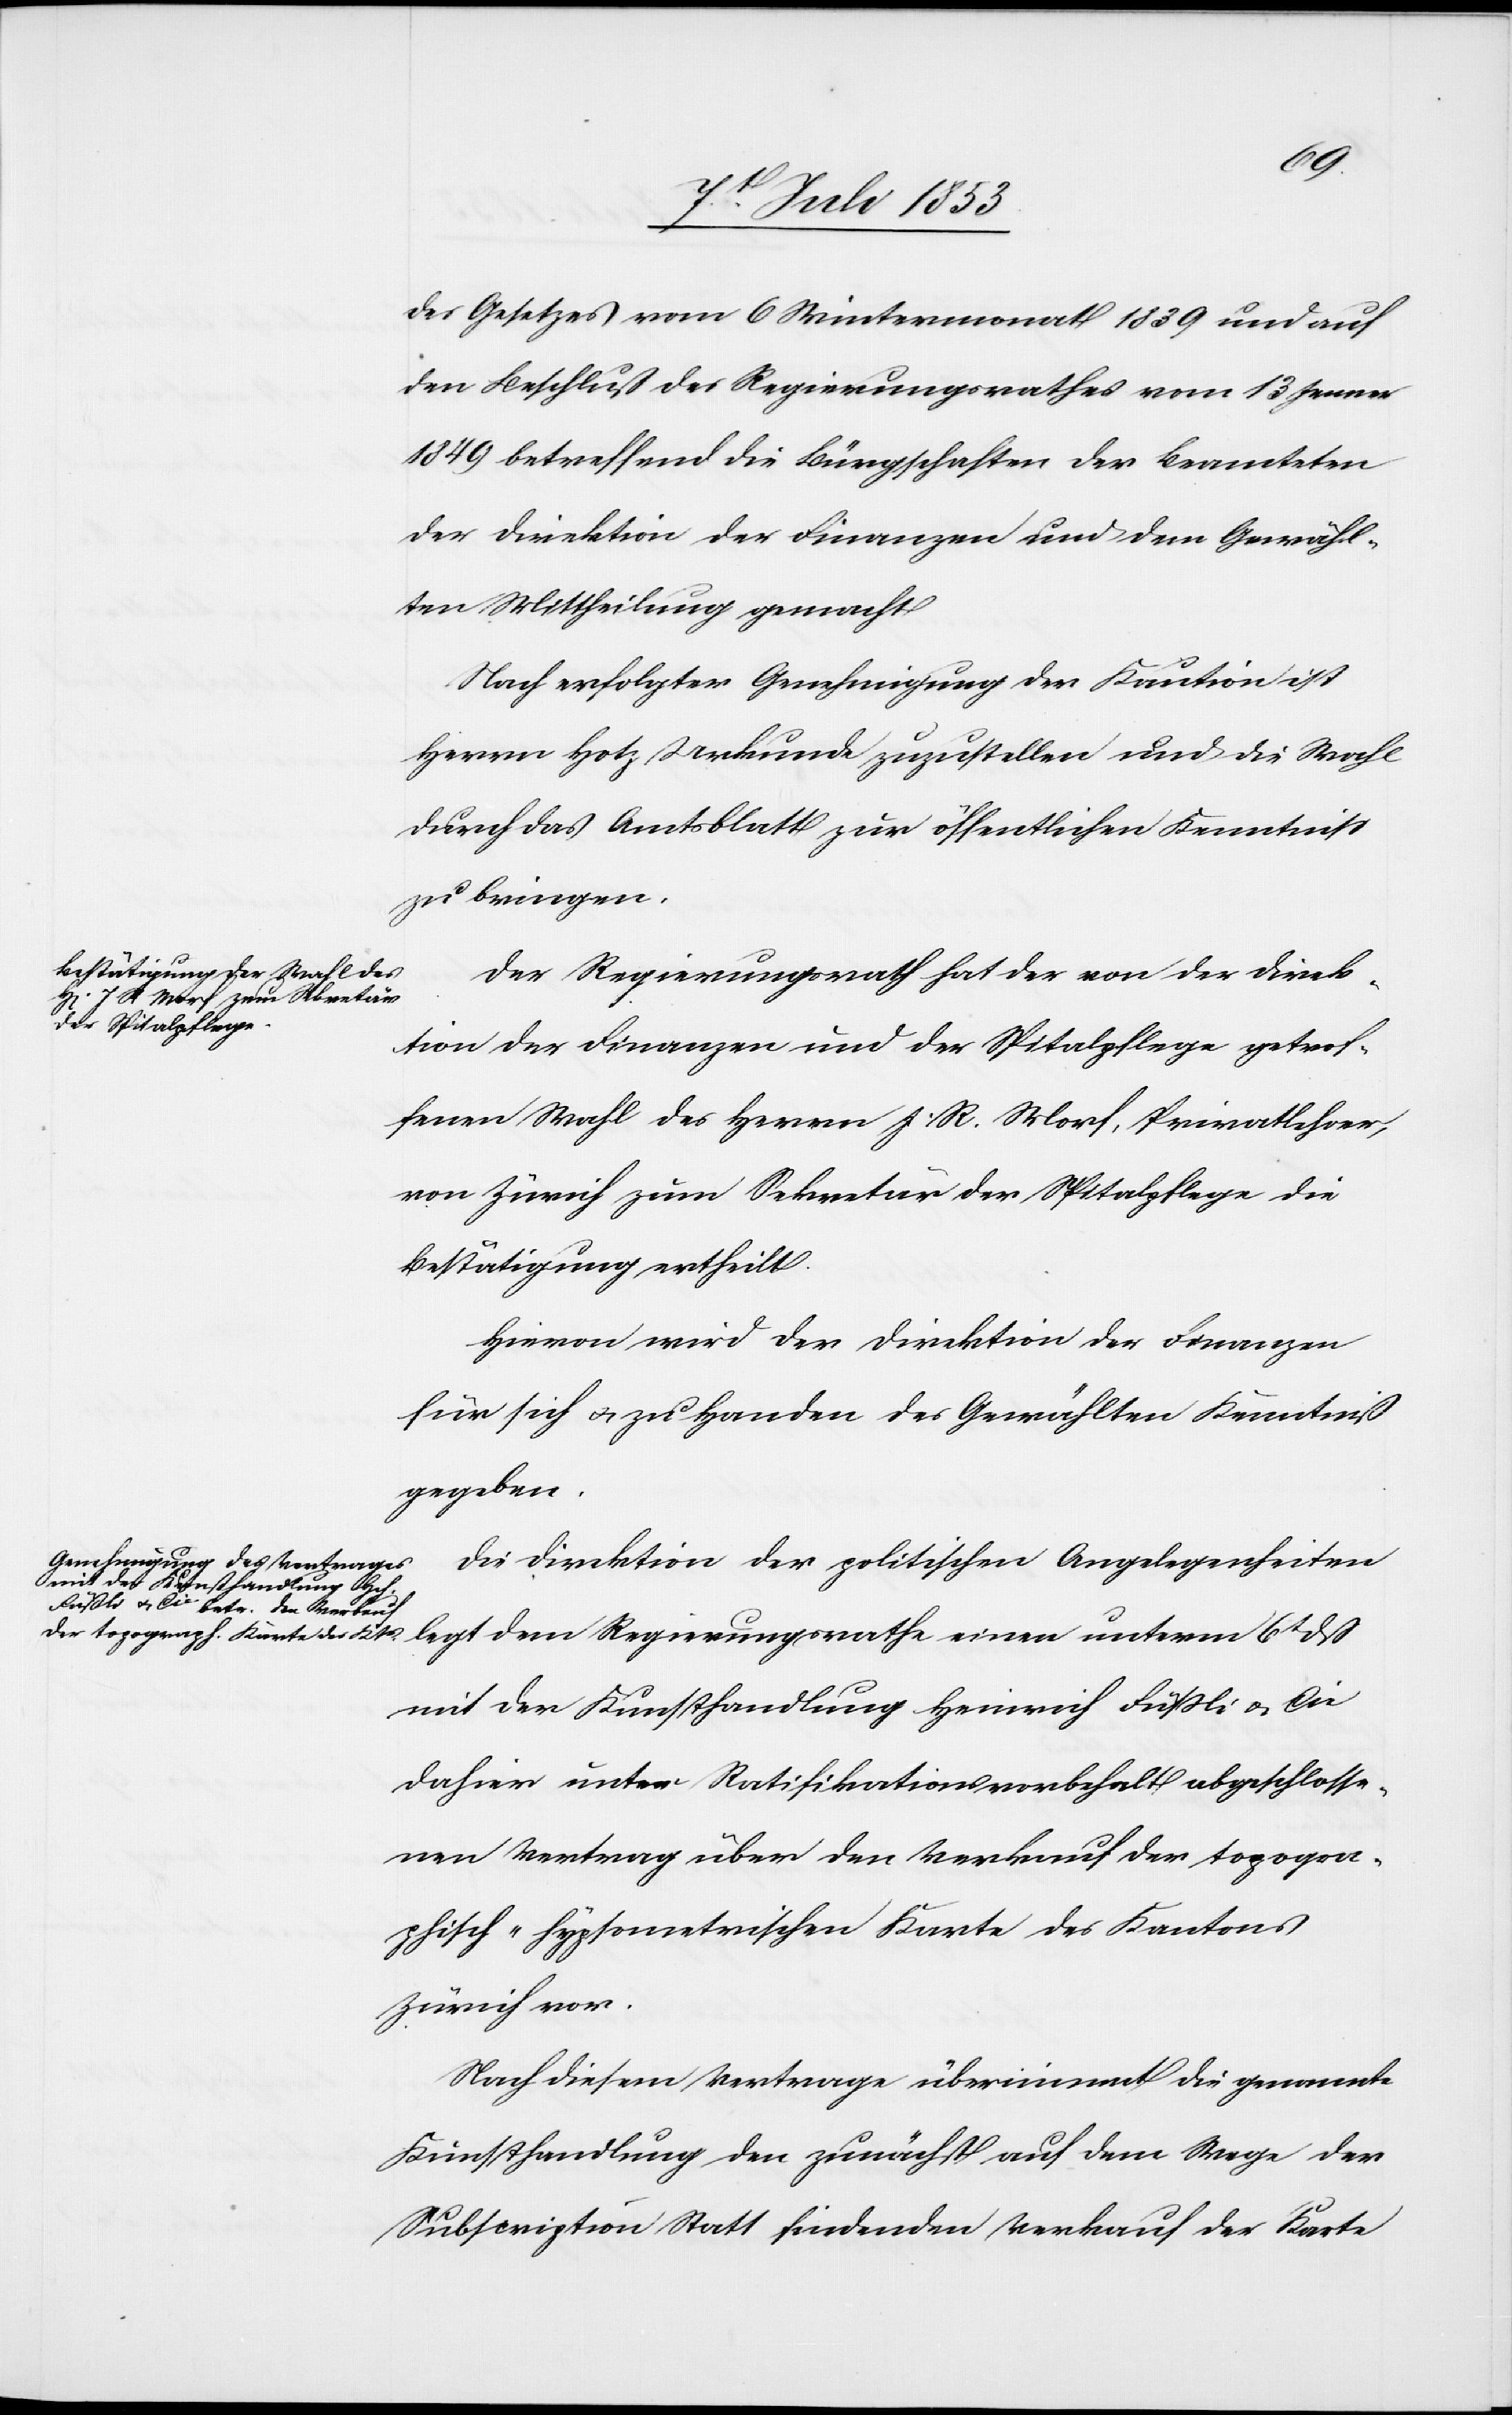
des Gesetzes vom 6 Wintermonat 1839 und auf
den Beschluß des Regierungsrathes vom 13 Jenner
1849 betreffend die Bürgschaften der Beamteten
der Direktion der Finanzen und dem Gewähl¬
ten Mittheilung gemacht.
Nach erfolgter Genehmigung der Kaution ist
Herrn Hotz Urkunde zuzustellen und die Wahl
durch das Amtsblatt zur öffentlichen Kenntniß
zu bringen.
Der Regierungsrath hat der von der Direk¬
tion der Finanzen und der Spitalpflege getrof¬
fenen Wahl des Herrn J. R. Morf, Privatlehrer,
von Zürich zum Sekretär der Spitalpflege die
Bestätigung ertheilt.
Hievon wird der Direktion der Finanzen
für sich und zu Handen der Gewählten Kenntniß
gegeben.
Die Direktion der politischen Angelegenheiten
legt dem Regierungsrathe einen unterm 6t dß
mit der Kunsthandlung Heinrich Füßli u. Cie
dahier unter Ratifikationsvorbehalt abgeschlosse¬
nen Vertrag über den Verkauf der topogra¬
phisch-hypsometrischen Karte des Kantons
Zürich vor.
Nach diesem Vertrage übernimmt die gesammte
Kunsthandlung den zunächst auf dem Wege der
Subscription Statt findenden Verkauf der Karte